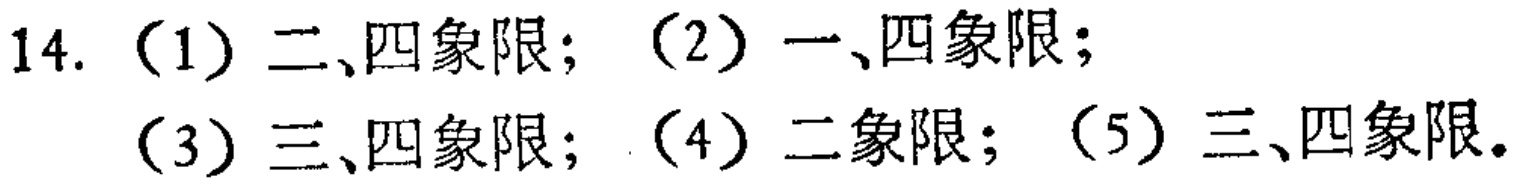
14. （1）二、四象限；（2）一、四象限；
（3）三、四象限；（4）二象限；（5）三、四象限。